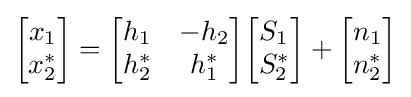
{\begin{bmatrix}x_{1}\\x_{2}^{*}\end{bmatrix}}={\begin{bmatrix}h_{1}&-h_{2}\\h_{2}^{*}&h_{1}^{*}\end{bmatrix}}{\begin{bmatrix}S_{1}\\S_{2}^{*}\end{bmatrix}}+{\begin{bmatrix}n_{1}\\n_{2}^{*}\end{bmatrix}}